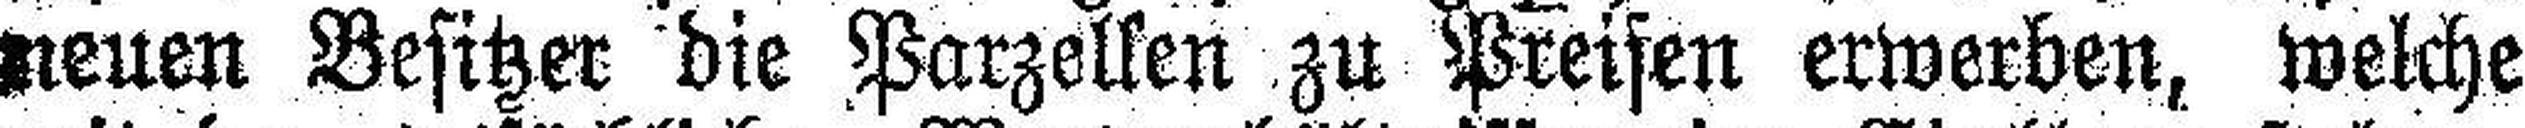
neuen Besitzer die Parzellen zu Preisen erwerben, welche